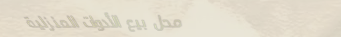
محل بيع الأدوات المنزلية